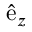
\hat { \mathrm { e } } _ { z }